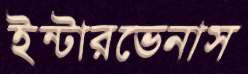
ইন্টারভেনাস